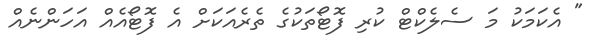
" އެކަމަކު މަ ސެލެކްޓް ކުރި ފޮޓޯތަކުގެ ތެރެއަކަށް އެ ފޮޓޯއެއް އަހަންނެއް